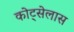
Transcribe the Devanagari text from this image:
कोट्सेलास